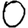
Digit: 0